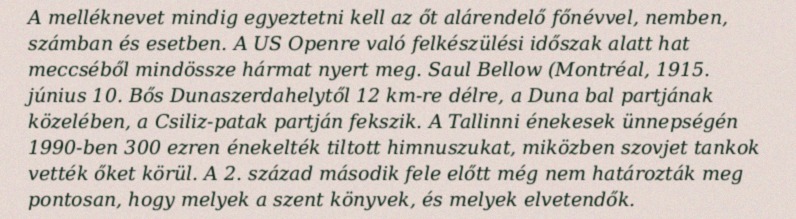
A melléknevet mindig egyeztetni kell az őt alárendelő főnévvel, nemben, számban és esetben. A US Openre való felkészülési időszak alatt hat meccséből mindössze hármat nyert meg. Saul Bellow (Montréal, 1915. június 10. Bős Dunaszerdahelytől 12 km-re délre, a Duna bal partjának közelében, a Csiliz-patak partján fekszik. A Tallinni énekesek ünnepségén 1990-ben 300 ezren énekelték tiltott himnuszukat, miközben szovjet tankok vették őket körül. A 2. század második fele előtt még nem határozták meg pontosan, hogy melyek a szent könyvek, és melyek elvetendők.